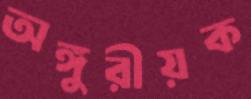
অঙ্গুরীয়ক